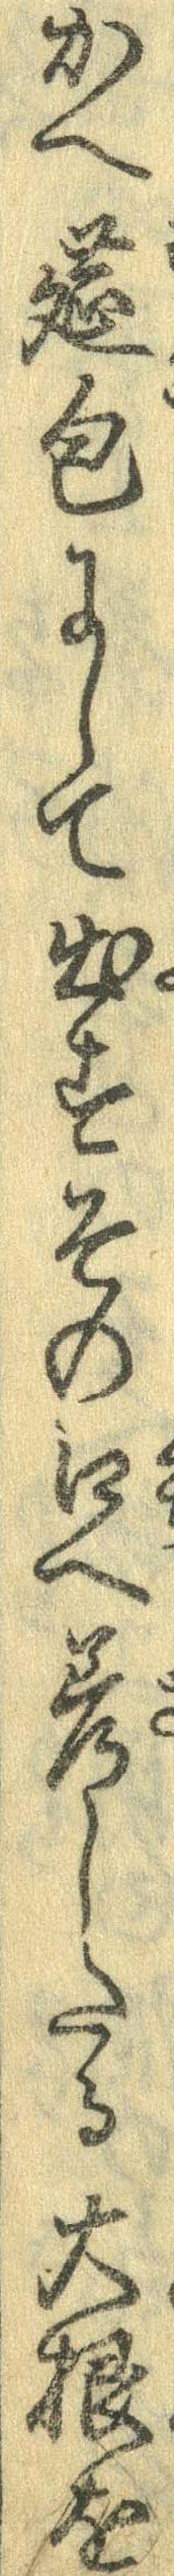
かへ莚包にして出すその口へ差したる大根を